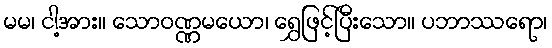
မမ၊ ငါ့အား။ သောဝဏ္ဏမယော၊ ရွှေဖြင့်ပြီးသော။ ပဘာဿရော၊